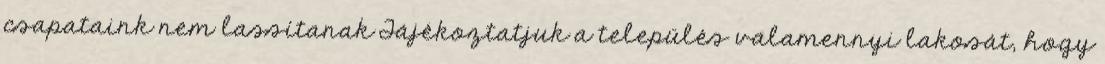
csapataink nem lassítanak Tájékoztatjuk a település valamennyi lakosát, hogy